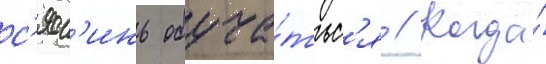
с'ял'инь обуча́тьс'я // Когда́